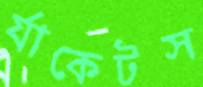
র‍্যাকেটস